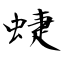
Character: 蜨